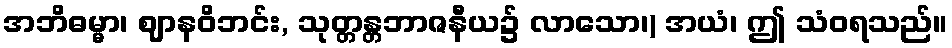
အဘိဓမ္မာ၊ ဈာနဝိဘင်း, သုတ္တန္တဘာဇနီယ၌ လာသော၊) အယံ၊ ဤ သံဝရသည်။